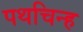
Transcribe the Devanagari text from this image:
पथचिन्ह